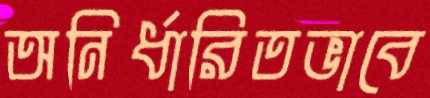
অনির্ধারিতভাবে